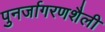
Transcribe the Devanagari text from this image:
पुनर्जागरणशैली